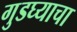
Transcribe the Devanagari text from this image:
गुडघ्याचा